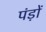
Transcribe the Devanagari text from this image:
पंड़ों